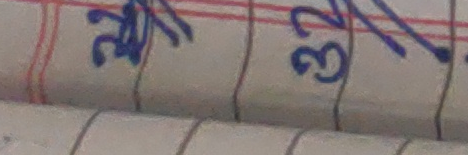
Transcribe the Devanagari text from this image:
३२